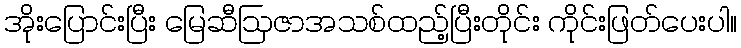
အိုးပြောင်းပြီး မြေဆီဩဇာအသစ်ထည့်ပြီးတိုင်း ကိုင်းဖြတ်ပေးပါ။